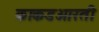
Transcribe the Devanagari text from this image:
काकडआरती